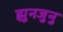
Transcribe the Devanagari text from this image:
झुनजुनु